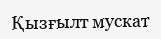
Қызғылт мускат